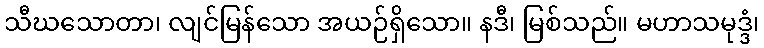
သီဃသောတာ၊ လျင်မြန်သော အယဉ်ရှိသော။ နဒီ၊ မြစ်သည်။ မဟာသမုဒ္ဒံ၊